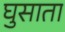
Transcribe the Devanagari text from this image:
घुसाता